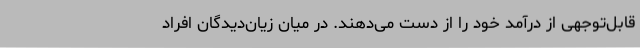
قابل‌توجهی از درآمد خود را از دست می‌دهند. در میان زیان‌دیدگان افراد